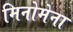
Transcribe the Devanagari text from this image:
मिनोमेना